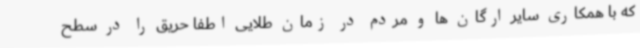
که با همکاری سایر ارگان ها و مردم در زمان طلایی اطفا حریق را در سطح